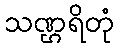
သဏ္ဌရိတုံ